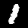
Label: 1